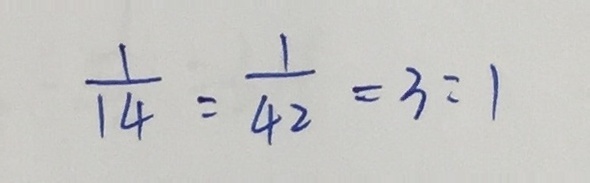
\frac { 1 } { 1 4 } : \frac { 1 } { 4 2 } = 3 : 1